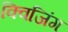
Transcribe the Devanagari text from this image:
क्विजिंग